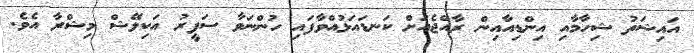
އައިޝަތު ޝިހާމާއި އިންޑިއާއިން ރާއްޖެއަށް ކަނޑައަޅުއްވާފައި ހުންނަވާ ސަފީރު އަކިލޭޝް މިޝްރާ އެވެ.